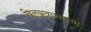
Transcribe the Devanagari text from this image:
विलग्नवासाच्या